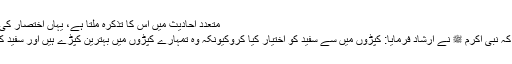
متعدد احادیث میں اس کا تذکرہ ملتا ہے، یہاں اختصار کی وجہ سے صرف ۲حدیثیں ذکر کررہا ہوں:
حضرت عبد اللہ بن عباسؓ سے روایت ہے کہ نبی اکرم ﷺ نے ارشاد فرمایا: کپڑوں میں سے سفید کو اختیار کیا کروکیونکہ وہ تمہارے کپڑوں میں بہترین کپڑے ہیں اور سفید کپڑوں میں ہی اپنے مردوں کو کفن دیا کرو۔